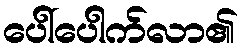
ပေါ်ပေါက်လာ၏